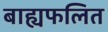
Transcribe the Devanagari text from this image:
बाह्यफलित